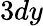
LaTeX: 3dy